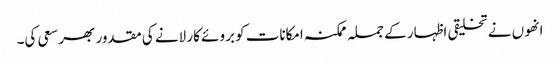
انھوں نے تخلیقی اظہار کے جملہ ممکنہ امکانات کو بروئے کار لانے کی مقدور بھر سعی کی۔